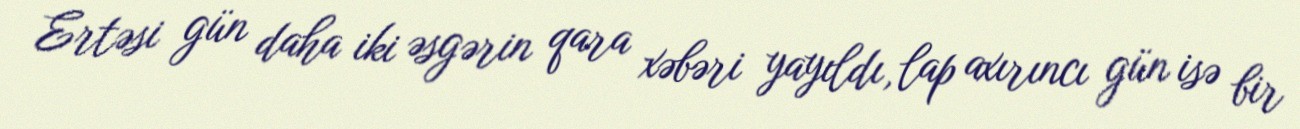
Ertəsi gün daha iki əsgərin qara xəbəri yayıldı, lap axırıncı gün isə bir